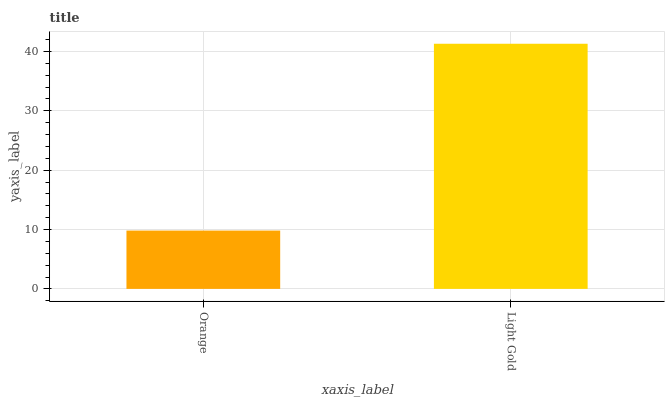
| xaxis_label | bars |
 | --- | --- |
 | Orange | 9.83 |
 | Light Gold | 41.3 |